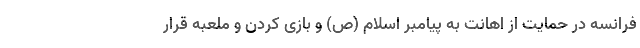
فرانسه در حمایت از اهانت به پیامبر اسلام (ص) و بازی کردن و ملعبه قرار